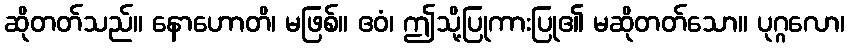
ဆိုတတ်သည်။ နောဟောတိ၊ မဖြစ်။ ဧဝံ၊ ဤသို့ပြုကားပြု၏ မဆိုတတ်သော။ ပုဂ္ဂလော၊